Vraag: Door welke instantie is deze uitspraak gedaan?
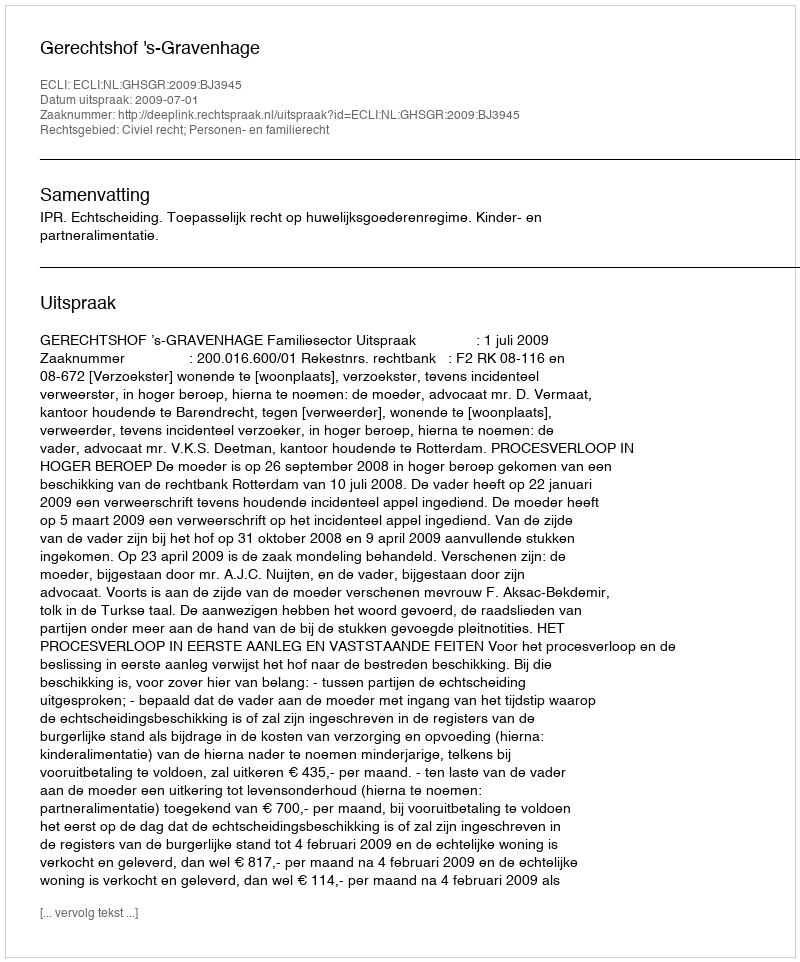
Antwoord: Gerechtshof 's-Gravenhage